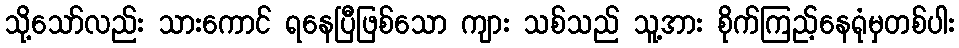
သို့သော်လည်း သားကောင် ရနေပြီဖြစ်သော ကျား သစ်သည် သူ့အား စိုက်ကြည့်နေရုံမှတစ်ပါး